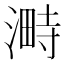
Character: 𣻞